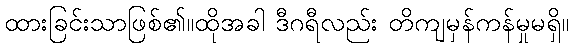
ထားခြင်းသာဖြစ်၏။ထိုအခါ ဒီဂရီလည်း တိကျမှန်ကန်မှုမရှိ။